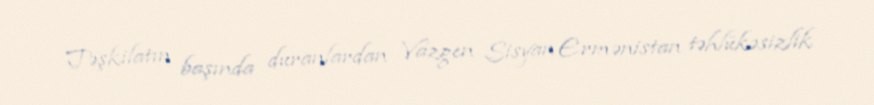
Təşkilatın başında duranlardan Vazgen Sisyan Ermənistan təhlükəsizlik